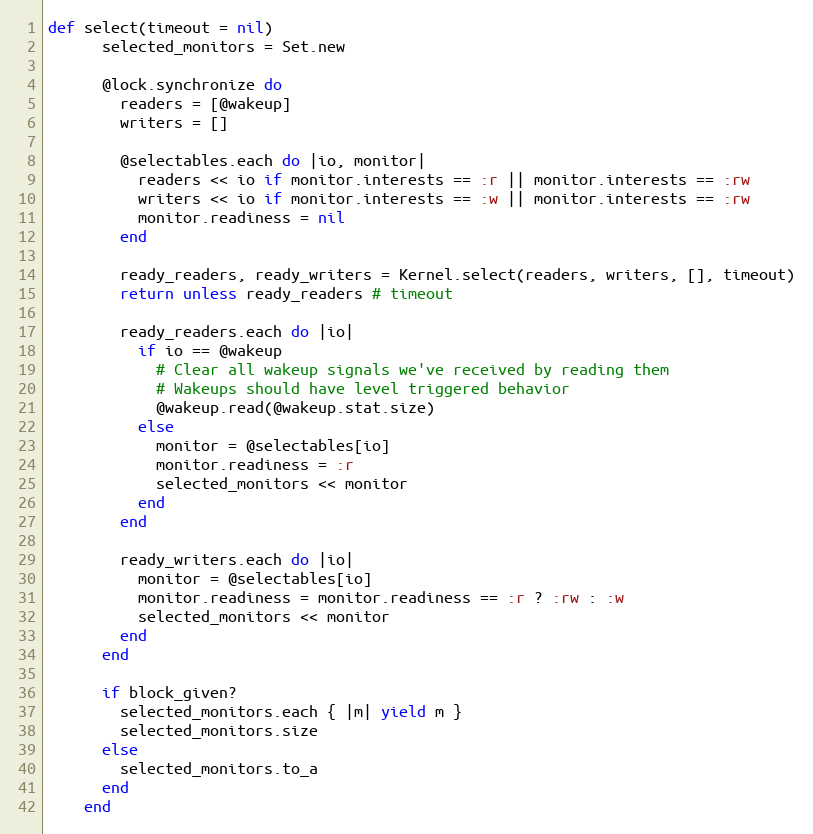
Language: Ruby
def select(timeout = nil)
      selected_monitors = Set.new

      @lock.synchronize do
        readers = [@wakeup]
        writers = []

        @selectables.each do |io, monitor|
          readers << io if monitor.interests == :r || monitor.interests == :rw
          writers << io if monitor.interests == :w || monitor.interests == :rw
          monitor.readiness = nil
        end

        ready_readers, ready_writers = Kernel.select(readers, writers, [], timeout)
        return unless ready_readers # timeout

        ready_readers.each do |io|
          if io == @wakeup
            # Clear all wakeup signals we've received by reading them
            # Wakeups should have level triggered behavior
            @wakeup.read(@wakeup.stat.size)
          else
            monitor = @selectables[io]
            monitor.readiness = :r
            selected_monitors << monitor
          end
        end

        ready_writers.each do |io|
          monitor = @selectables[io]
          monitor.readiness = monitor.readiness == :r ? :rw : :w
          selected_monitors << monitor
        end
      end

      if block_given?
        selected_monitors.each { |m| yield m }
        selected_monitors.size
      else
        selected_monitors.to_a
      end
    end